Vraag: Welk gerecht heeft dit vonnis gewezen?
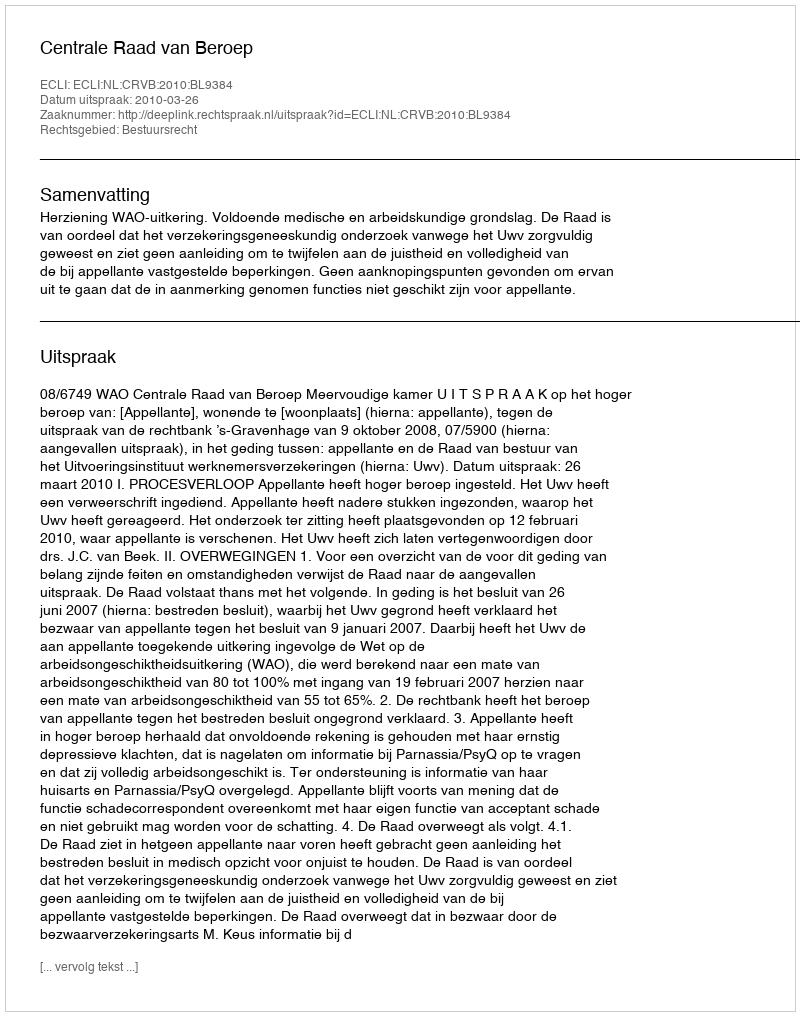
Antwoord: Centrale Raad van Beroep